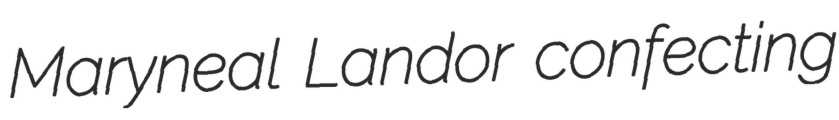
Maryneal Landor confecting